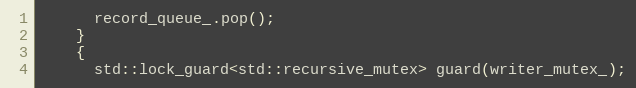
Language: C++
      record_queue_.pop();
    }
    {
      std::lock_guard<std::recursive_mutex> guard(writer_mutex_);